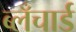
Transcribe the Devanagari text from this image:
ब्लँचार्ड